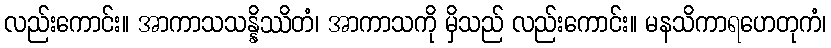
လည်းကောင်း။ အာကာသသန္နိဿိတံ၊ အာကာသကို မှိသည် လည်းကောင်း။ မနသိကာရဟေတုကံ၊